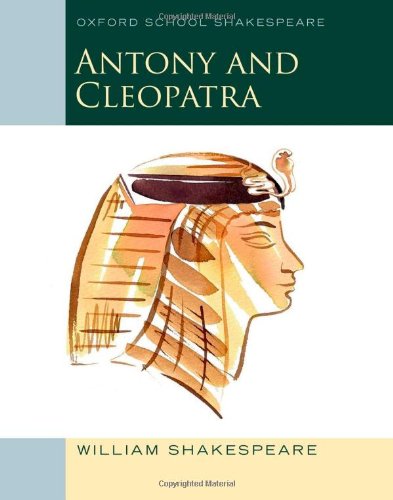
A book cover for Antony and Cleopatra: Oxford School Shakespeare (Oxford School Shakespeare Series); William Shakespeare; Literature & Fiction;